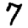
Digit: 7